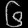
Digit: ၆